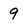
Character: q